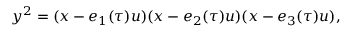
y ^ { 2 } = ( x - e _ { 1 } ( \tau ) u ) ( x - e _ { 2 } ( \tau ) u ) ( x - e _ { 3 } ( \tau ) u ) ,